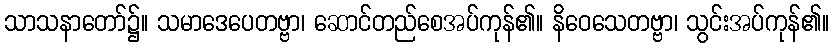
သာသနာတော်၌။ သမာဒေပေတဗ္ဗာ၊ ဆောင်တည်စေအပ်ကုန်၏။ နိဝေသေတဗ္ဗာ၊ သွင်းအပ်ကုန်၏။